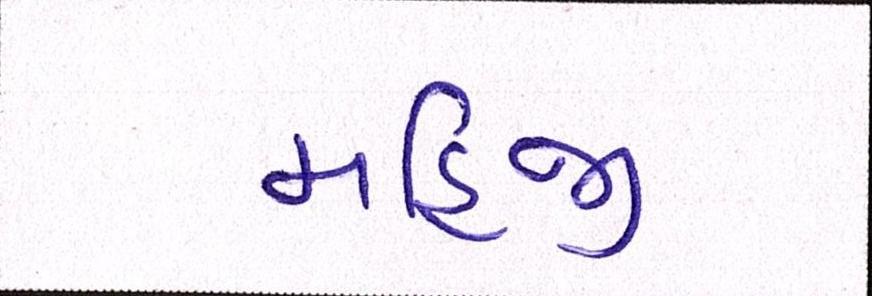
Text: મહિજી